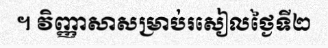
។ វិញ្ញាសាសម្រាប់រសៀលថ្ងៃទី២